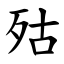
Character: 㱠